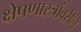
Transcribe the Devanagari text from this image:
क्षेपणास्त्रांवरील